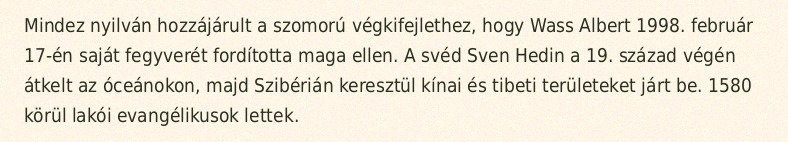
Mindez nyilván hozzájárult a szomorú végkifejlethez, hogy Wass Albert 1998. február 17-én saját fegyverét fordította maga ellen. A svéd Sven Hedin a 19. század végén átkelt az óceánokon, majd Szibérián keresztül kínai és tibeti területeket járt be. 1580 körül lakói evangélikusok lettek.